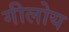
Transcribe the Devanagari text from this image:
गीलोय